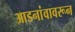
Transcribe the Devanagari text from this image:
आडनांवावरून